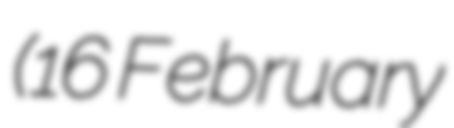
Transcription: (16 February